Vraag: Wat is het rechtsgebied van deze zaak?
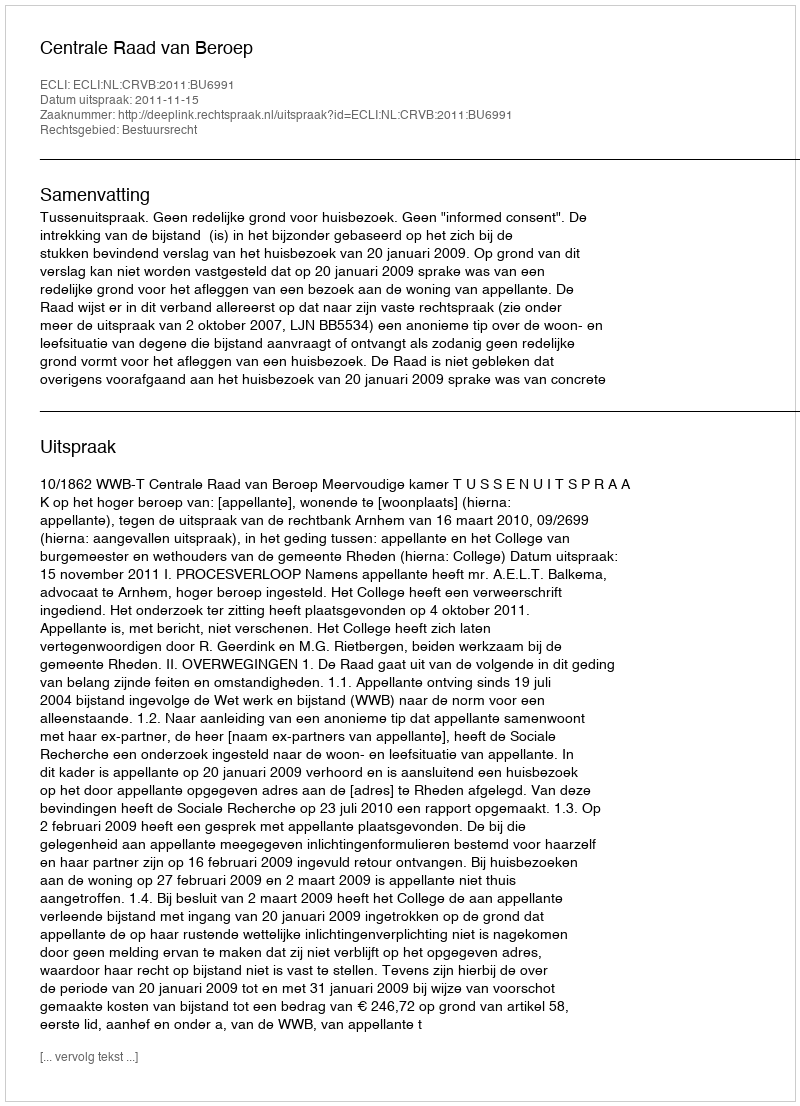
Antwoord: Bestuursrecht